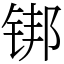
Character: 䦁